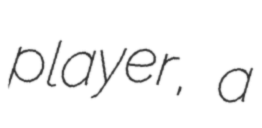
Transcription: player, a